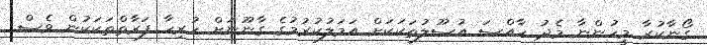
ގޯނާކުރާ މީހުންނާ މެދު ހާއްސަ އުސޫލުތަކަކަށް އަމަލުކުރުމުގެ ގާނޫނަށް ހުރިހާ ފަރާތްތަކަކުން ވެސް